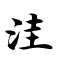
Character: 洼